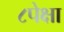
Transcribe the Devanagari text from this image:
८पेक्षा